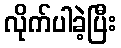
လိုက်ပါခဲ့ပြီး